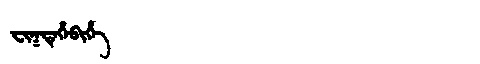
Manchu: ᠸᡳᡴᡨᡝᡥᡝᠪᡳᡥᡝ
Romanization: FIKTEHEBIHE